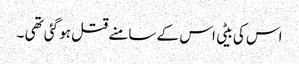
اس کی بیٹی اس کے سامنے قتل ہو گئی تھی ۔